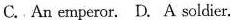
C.An emperor. D.A soldier.